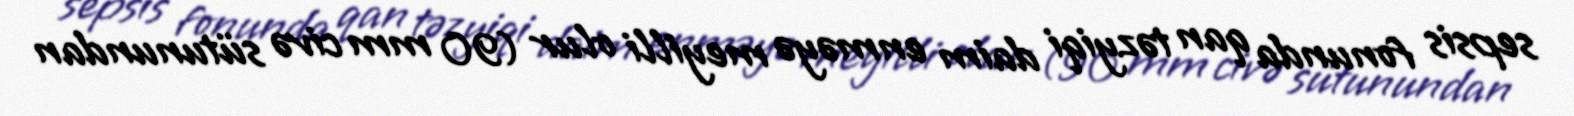
sepsis fonunda qan təzyiqi daim enməyə meyilli olur (90 mm civə sütunundan